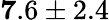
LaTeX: {\mathbf 7.6\pm 2.4}